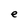
Character: e